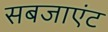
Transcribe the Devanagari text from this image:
सबजाएंट